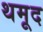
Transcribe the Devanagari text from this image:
थमूद